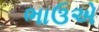
ભાઉએ